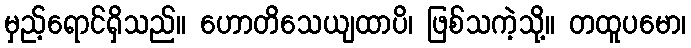
မှည့်ရောင်ရှိသည်။ ဟောတိသေယျထာပိ၊ ဖြစ်သကဲ့သို့။ တထူပမော၊